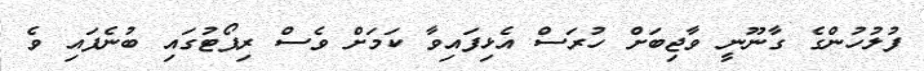
ފުލުހުންގެ ގާނޫނީ ވާޖިބަށް ހުރަސް އެޅިފައިވާ ކަމަށް ވެސް ރިޕޯޓުގައި ބުނެފައި ވެ